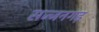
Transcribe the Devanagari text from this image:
सज्‍जनगढ़